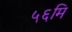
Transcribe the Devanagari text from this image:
५६मि